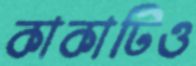
কাকাটিও